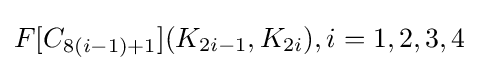
F[C_{8(i-1)+1}](K_{2i-1},K_{2i}),i=1,2,3,4